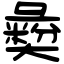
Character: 𢑱